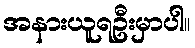
အနားယူရဦးမှာပါ။